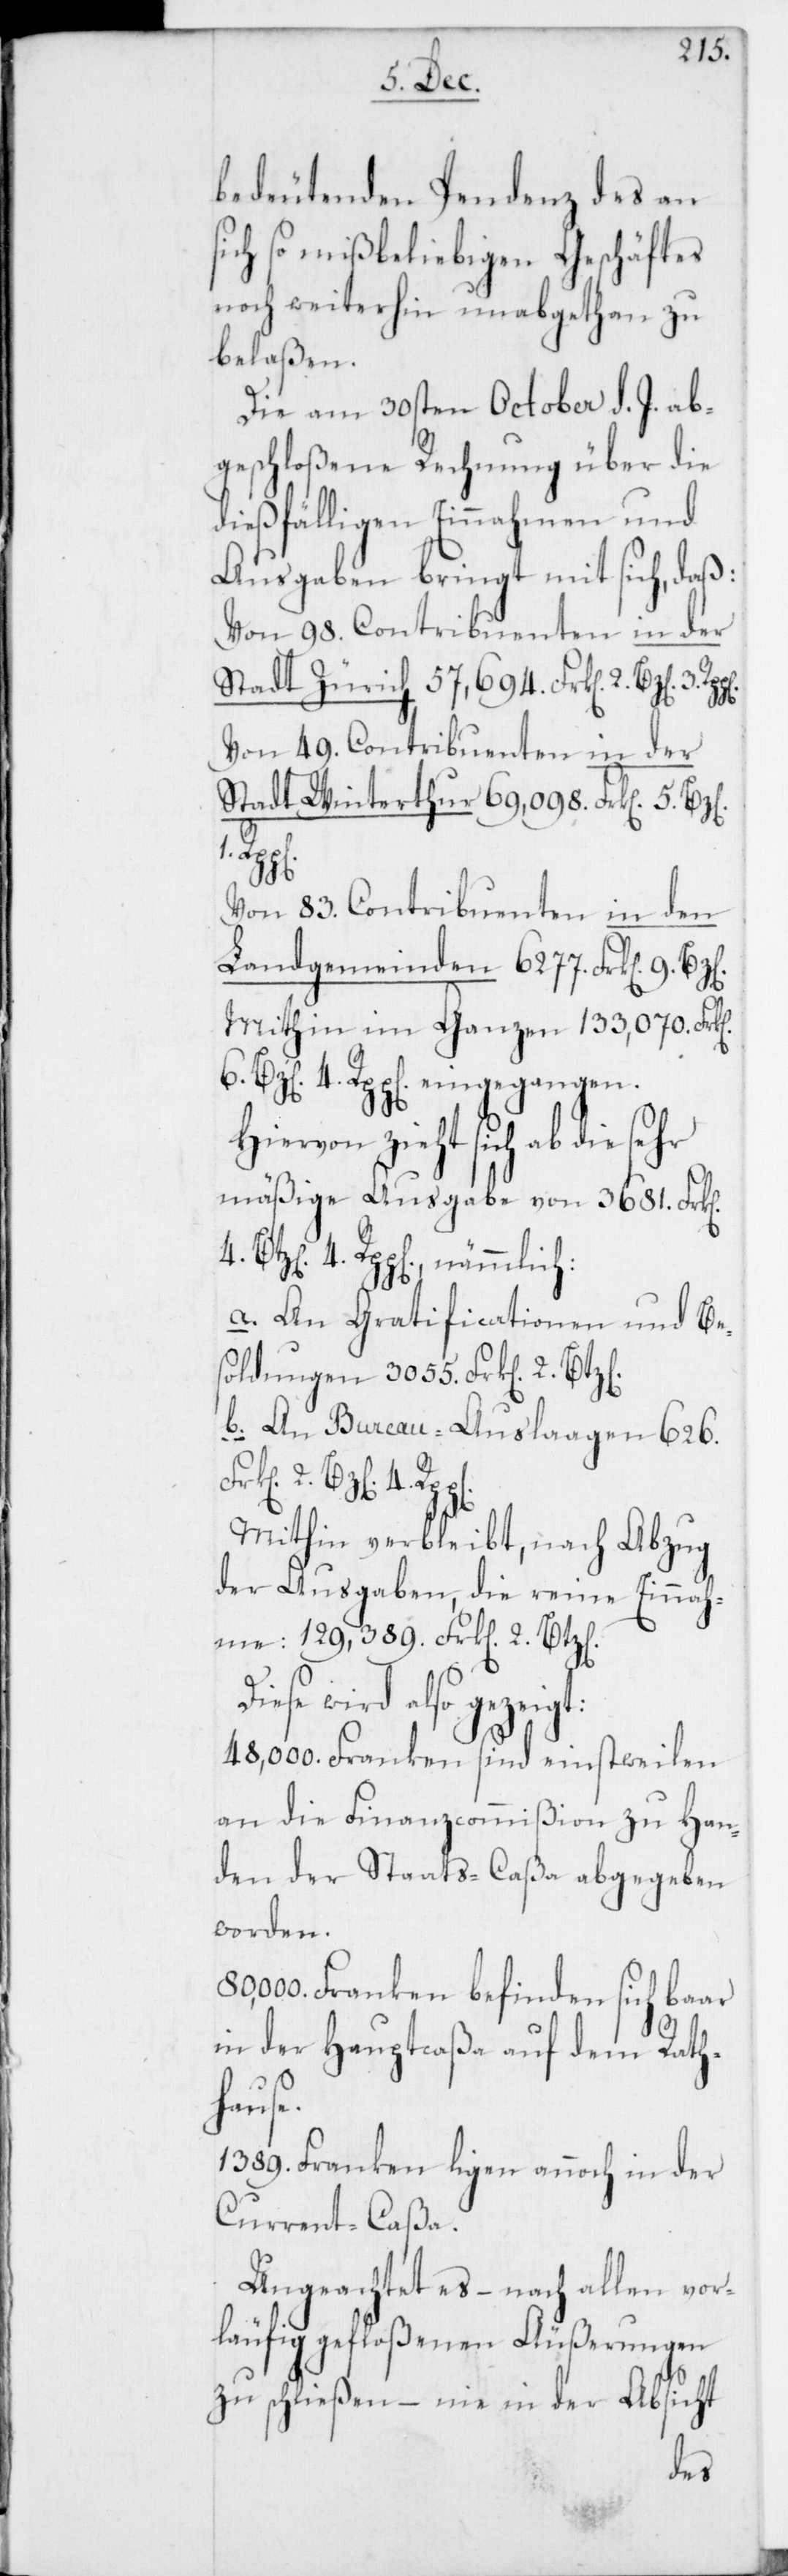
bedeutenden Pendenz des an
sich so mißbeliebigen Geschäftes
noch weiterhin unabgethan zu
belaßen.
Die am 30sten October d. J. ab¬
geschloßene Rechnung über die
dießfälligen Einnahmen und
Ausgaben bringt mit sich, daß:
Von 98. Contribuenten in der
Stadt Zürich 57,694. Frk[en]. 2.
Von 49. Contribuenten in der
Stadt Winterthur 69,098 Frk[en]. 5.
t:
Von 83 Contribuenten in den
Landgemeinden 6277. Frk[en]. 9.
Mithin im Ganzen 133,070 Fr¬
4. Rpp[en]. eingegangen.
Hiervon zieht sich ab die sehr
mäßige Ausgabe von 3681. Fr¬
4. Rpp[en]., nämmlich:
a. An Gratificationen und Be¬
soldungen 3055. Frk[en]. 2.
b. An Bureau-Auslagen 626.
Frk[en]. 2.
Mithin verbleibt, nach Abzug
der Ausgaben, die reine Einnah¬
se wird also gezeig¬
48,000. Franken sind einstweilen
an die Finanzcommißion zu Han¬
den der Staats-Caßa abgegeben
worden.
80,000. Franken befinden sich baar
in der Hauptcaßa auf dem Rath¬
hause.
1389. Franken ligen annoch in der
Current-Caßa.
Ungeachtet es – nach allen vor¬
läufig gefloßenen Äußerungen
zu schließen – nie in der Absicht